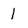
Character: I